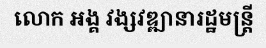
លោក អង្គ វង្សវឌ្ឍានារដ្ឋមន្ត្រី